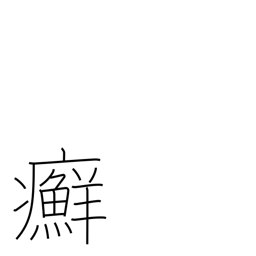
Meaning: ringworm